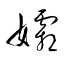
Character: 孀